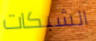
الشبكات